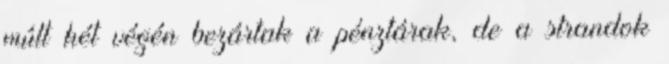
múlt hét végén bezártak a pénztárak, de a strandok